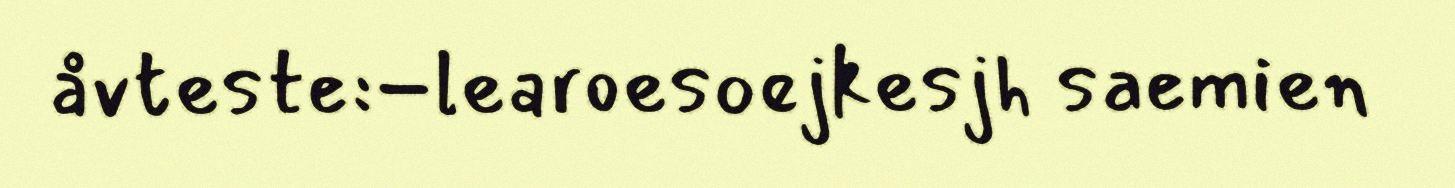
åvteste:−learoesoejkesjh saemien